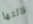
قالتها